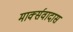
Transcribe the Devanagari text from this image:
मार्क्सवादास